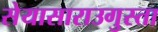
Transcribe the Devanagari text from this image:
सेयासाराउगुस्ता